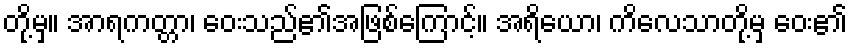
တို့မှ။ အာရကတ္တာ၊ ဝေးသည်၏အဖြစ်ကြောင့်။ အရိယော၊ ကိလေသာတို့မှ ဝေး၏